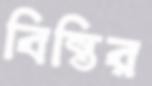
বিন্তির